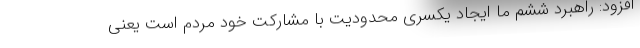
افزود: راهبرد ششم ما ایجاد یکسری محدودیت با مشارکت خود مردم است یعنی